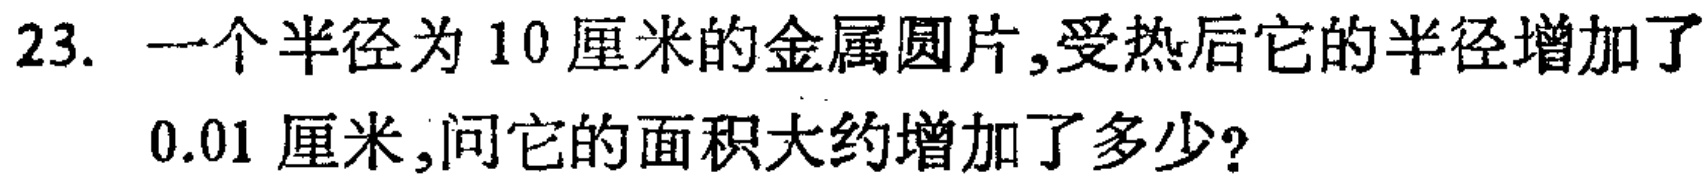
23. 一个半径为10厘米的金属圆片,受热后它的半径增加了
0.01厘米,问它的面积大约增加了多少?